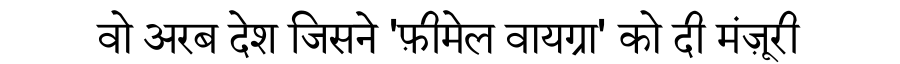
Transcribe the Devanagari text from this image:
वो अरब देश जिसने 'फ़ीमेल वायग्रा' को दी मंज़ूरी